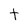
Character: t